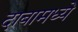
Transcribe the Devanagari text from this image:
दाबामध्ये